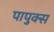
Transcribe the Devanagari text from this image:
पापुक्स